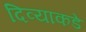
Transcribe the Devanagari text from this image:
दिव्याकडे